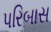
પરિબાસ